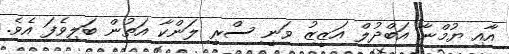
އާއި ޔުމްނާ އަބްދުލް އަޒީޒު ވަނީ ސްރީ ލަންކާ އަތުން ބަލިވެފަ އެވެ.